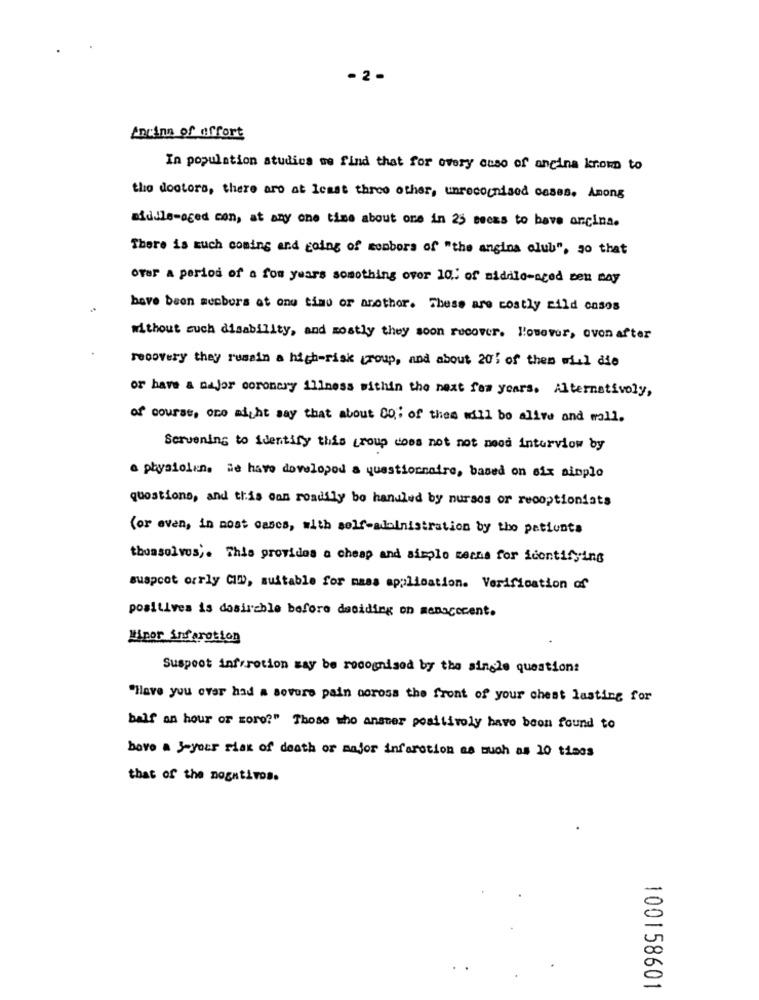
2
Lacina of effort
In population studies we find that for overy ouso of angina krom to
the doctors, there are at least three other, unrecognised cases. Among
middle-aged con, at any one time about one in 25 secas to have ancina.
There is much coming and going of members of "the angina club", so that
over a period of a fom years something over 10; of middle-aged zen may
.
have been members at one time or anothor. These are costly sild casos
without such disability, and mostly they soon recover. lowover, ovon after
recovery they russin a high-risk (roup, and about 201 of them will die
or have a major coronary illness within the next few years. Alternatively,
of course, one might say that about 00; of these will be alive and mall.
Servening to identify this group does not not mood inturviow by
a physiolin. we have developed a questionnaire, based on six simple
questions, and this can roadily bo handled by nursos or reooptioniats
(or even, in most cases, with self-adoinistration by the patients
themselves ;. This provides a cheap and simple mechs for identifying
suspoot orrly CID, suitable for mass application. Verification of
positives is desirable before deciding on menacecent.
Mipor infarction
Suspect infarction may be recognised by the single questions
"Have you ever had a severe pain corosa the front of your chest lasting for
balf an hour or zoro?" Those who anster positivoly have been found to
bove a 3-your risk of death or major infarction as much as 10 times
that of the nogativos.
100158601